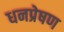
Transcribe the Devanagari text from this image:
धनप्रेषण